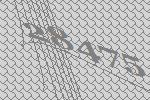
28475